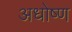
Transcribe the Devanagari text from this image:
अधोष्ण